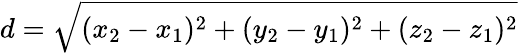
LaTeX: d={\sqrt{(x_{2}-x_{1})^{2}+(y_{2}-y_{1})^{2}+(z_{2}-z_{1})^{2}}}